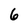
Character: 6